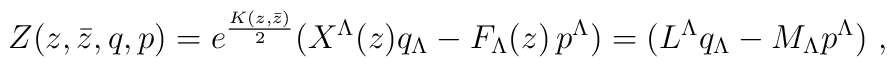
Z(z, \bar z, q,p) = e^{K(z, \bar z)\over 2} (X^\Lambda(z)  q_\Lambda - F_\Lambda(z)\, p^\Lambda)= (L^\Lambda q_\Lambda - M_\Lambda p^\Lambda) \ ,